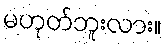
မဟုတ်ဘူးလား။